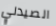
الصيدلي